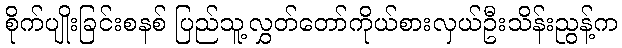
စိုက်ပျိုးခြင်းစနစ် ပြည်သူ့လွှတ်တော်ကိုယ်စားလှယ်ဦးသိန်းညွန့်က